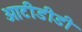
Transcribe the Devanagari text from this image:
ओटीडीडी